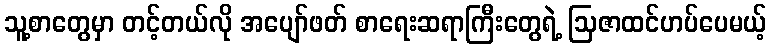
သူ့စာတွေမှာ တင့်တယ်လို အပျော်ဖတ် စာရေးဆရာကြီးတွေရဲ့ ဩဇာထင်ဟပ်ပေမယ့်